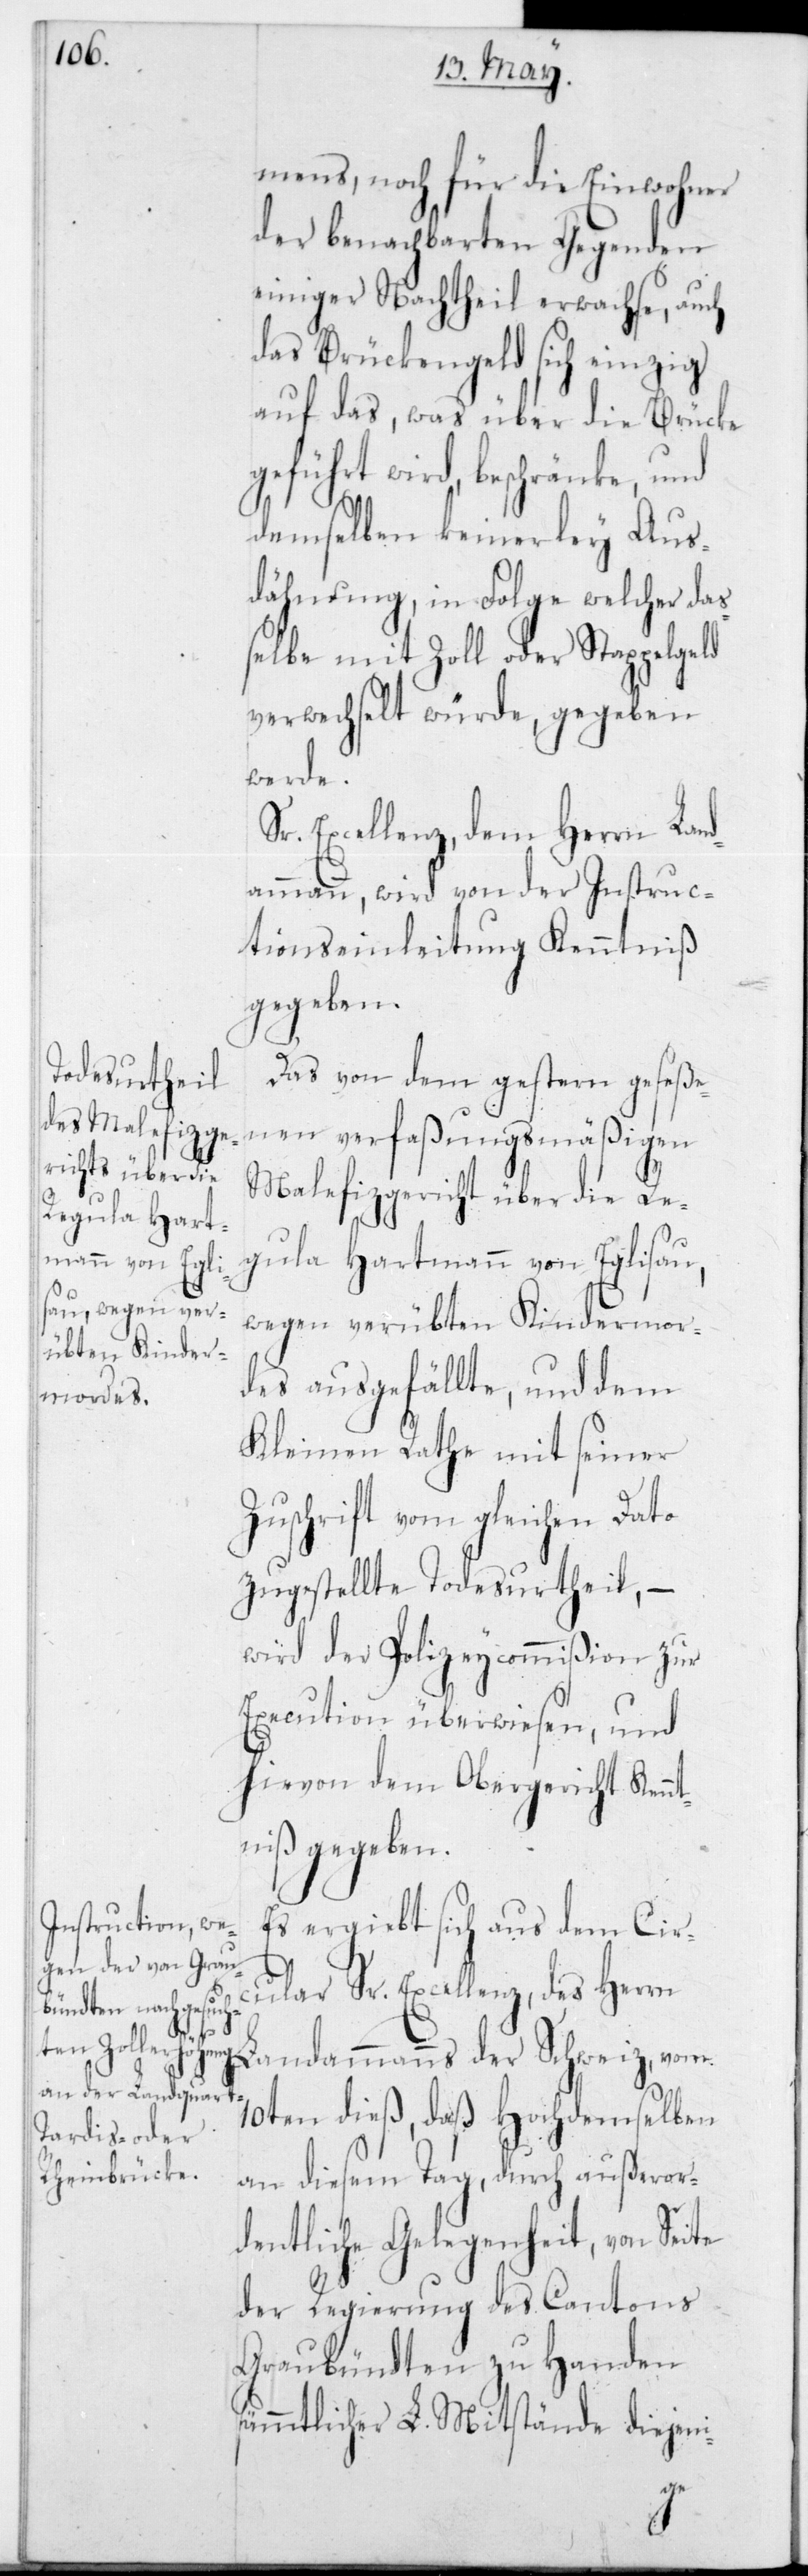
mens, noch für die Einwohner
der benachbarten Gegenden
einiger Nachtheil erwachse, auch
das Brückengeld sich einzig
auf das, was über die Brücke
geführt wird, beschränke, und
demselben keinerley Aus¬
dehnung, in Folge welcher da¬
ßelbe mit Zoll oder Stappelgeld
verwechselt würde, gegeben
werde.
Excellenz, dem Herrn Land¬
ammann, wird von der Instruc¬
tionseinleitung Kenntniß
gegeben.
Das von dem gestern geseße¬
nen verfaßungsmäßigen
Malefizgericht über die Re¬
gula Hartmann von Eglisau,
wegen verübten Kindermor¬
des ausgefällte, und dem
Kleinen Rathe mit seiner
Zuschrift vom gleichen Dato
zugestellte Todesurtheil, –
wird der Polizeycommißion zur
Execution überwiesen, und
hievon dem Obergericht Kennt¬
niß gegeben.
Es ergibt sich aus dem Circ¬
ular Sr. Excellenz, des Herrn
Landammanns der Schweiz, vom
10ten dieß, daß Hochdemselben
an diesem Tag, durch außeror¬
dentliche Gelegenheit, von Seite
der Regierung des Cantons
Graubündten zu Handen
sämmtlicher L. Mitstände diejeni-